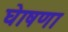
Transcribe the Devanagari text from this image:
घेाषणा